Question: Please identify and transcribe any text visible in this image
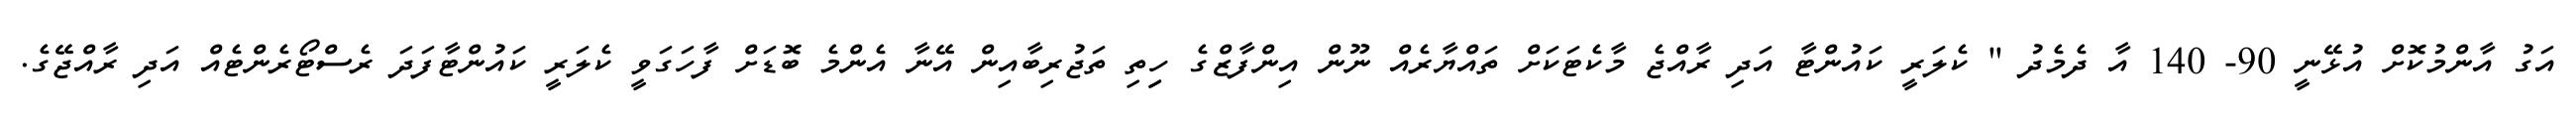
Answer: އަގު އާންމުކޮށް އުޅޭނީ 90- 140 އާ ދެމެދު " ކެލަރީ ކައުންޓާ އަދި ރާއްޖެ މާކެޓަކަށް ތައްޔާރެއް ނޫން އިންފާޒްގެ ހިިތި ތަޖުރިބާއިން އޭނާ އެންމެ ބޮޑަށް ފާހަގަވީ ކެލަރީ ކައުންޓާފަދަ ރެސްޓޯރެންޓެއް އަދި ރާއްޖޭގެ.